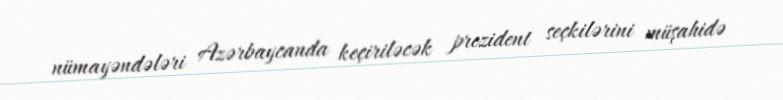
nümayəndələri Azərbaycanda keçiriləcək prezident seçkilərini müşahidə